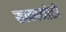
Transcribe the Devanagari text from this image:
साकामोटो